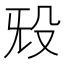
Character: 𬆟